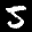
Label: 5